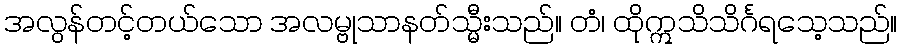
အလွန်တင့်တယ်သော အလမ္ဗုသာနတ်သ္မီးသည်။ တံ၊ ထိုဣသိသိင်္ဂရသေ့သည်။